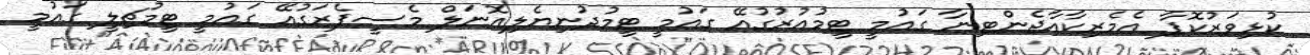
ކުޅިވަރުކޮޕާ އެމެރިކާއާޖެންޓިނާ ގައުމީ ޓީމުއުރުގުއޭ ގައުމީ ޓީމުދުނިޔެލިއޮނަލް މެސީޕެރަގުއޭ ގައުމީ ޓީމުޗިލީ ގައުމީ